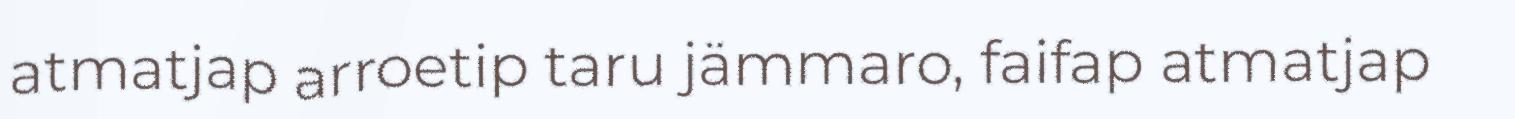
atmatjap arroetip taru jämmaro, faifap atmatjap